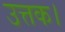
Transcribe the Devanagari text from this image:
उत्तक।